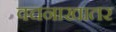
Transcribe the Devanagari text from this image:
वचनाखातर